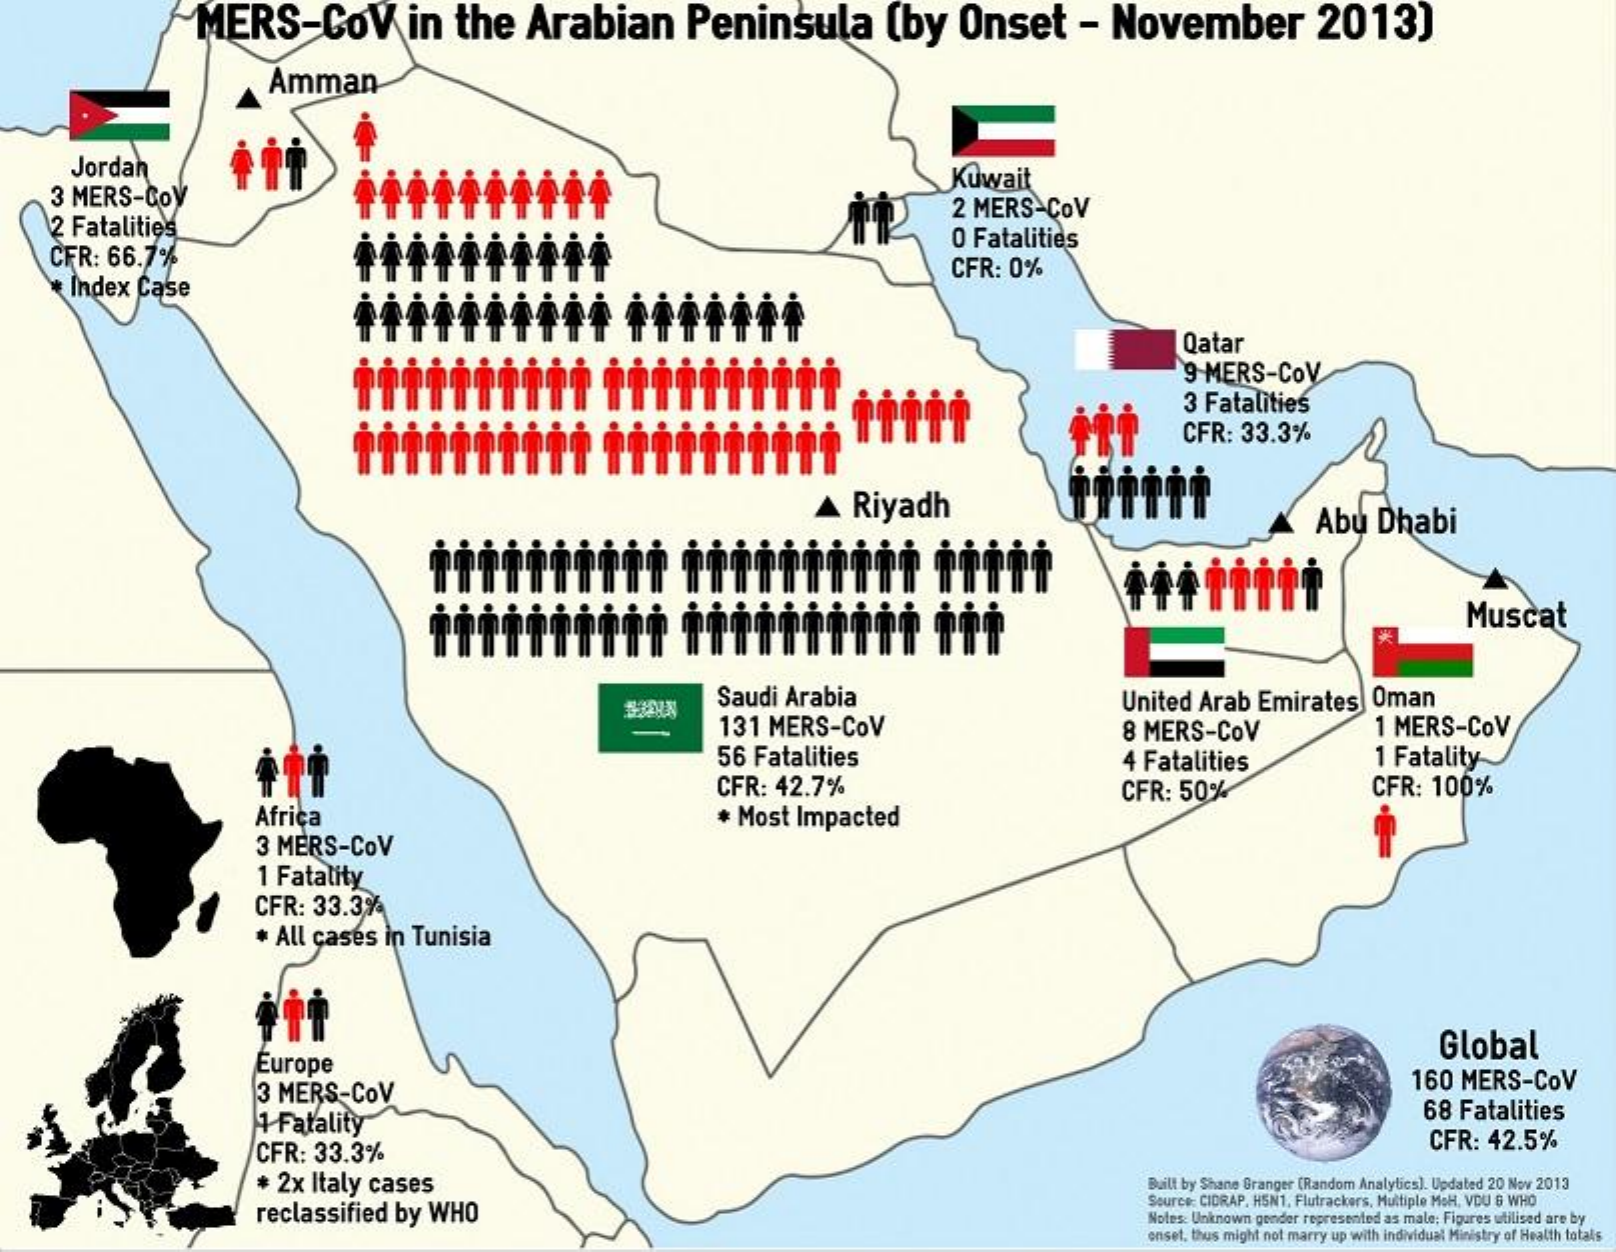
MERS-COV  in the Arabian Peninsula (by Onset - November 2013)
     Amman
    Jordan
   3 MERS-COV
     Kuwait
   2 Fatalities
     2 MERS-COV
   CFR: 66.7%
     O Fatalities
    Index Case
     CFR: 0%
     Qatar
     9 MERS-COV
     3 Fatalities
     CFR: 33.3%
     Riyadh    Abu Dhabi
     Muscat
     Saudi Arabia
     131 MERS-COV
     United Arab Emirates Oman
     8 MERS-COV  1 MERS-COV
     56 Fatalities
     CFR: 42.7%
     4 Fatalities 1 Fatality
     + Most Impacted
     CFR: 50%    CFR: 100%
     Africa
     3 MERS-COV
     1 Fatality
     CFR: 33.3%
     * All cases in Tunisia
     Europe
     Global
     3 MERS-COV    160 MERS-COV
     1 Fatality    68 Fatalities
     CFR: 33.3%    CFR: 42.5%
     + 2x Italy cases    Built by Shane Granger (Random Analytics). Updated 20 Nov 2013
     reclassified by WHO
     Source: CIDRAP. H5N1, Flutrackers, Multiple MoH, VDU & WHO
     Notes: Unknown gender represented as male; Figures utilised are by
     enset, thus might not marry up with individual Ministry of Health totals